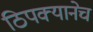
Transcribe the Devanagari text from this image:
ठिपक्यानेच